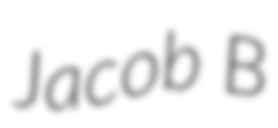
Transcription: Jacob B